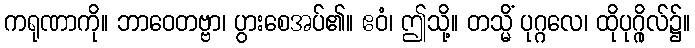
ကရုဏာကို။ ဘာဝေတဗ္ဗာ၊ ပွားစေအပ်၏။ ဧဝံ၊ ဤသို့။ တသ္မိံ ပုဂ္ဂလေ၊ ထိုပုဂ္ဂိုလ်၌။